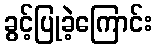
ခွင့်ပြုခဲ့ကြောင်း